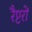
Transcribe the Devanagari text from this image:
रैप्टरों